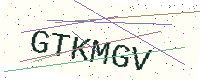
Text: GTKMGV